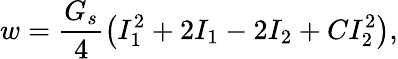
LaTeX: w=\frac{G_{s}}{4}\left(I_{1}^{2}+2I_{1}-2I_{2}+CI_{2}^{2}\right),